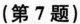
(第7题)